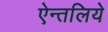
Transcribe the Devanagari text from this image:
ऐन्तलिये